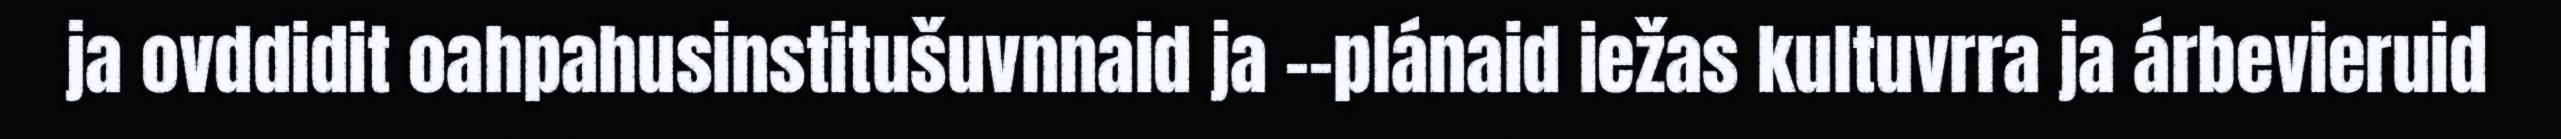
ja ovddidit oahpahusinstitušuvnnaid ja -‐plánaid iežas kultuvrra ja árbevieruid